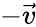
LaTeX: -\vec{v}